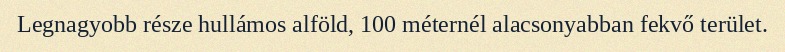
Legnagyobb része hullámos alföld, 100 méternél alacsonyabban fekvő terület.